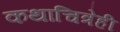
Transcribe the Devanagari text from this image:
कथाचित्रेही